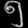
Digit: ၅